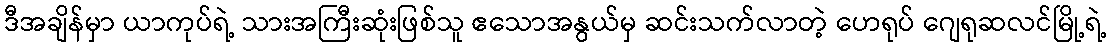
ဒီအချိန်မှာ ယာကုပ်ရဲ့ သားအကြီးဆုံးဖြစ်သူ ဧသောအနွယ်မှ ဆင်းသက်လာတဲ့ ဟေရုပ် ဂျေရုဆလင်မြို့ရဲ့